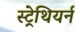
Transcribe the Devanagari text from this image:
स्ट्रेथियर्न